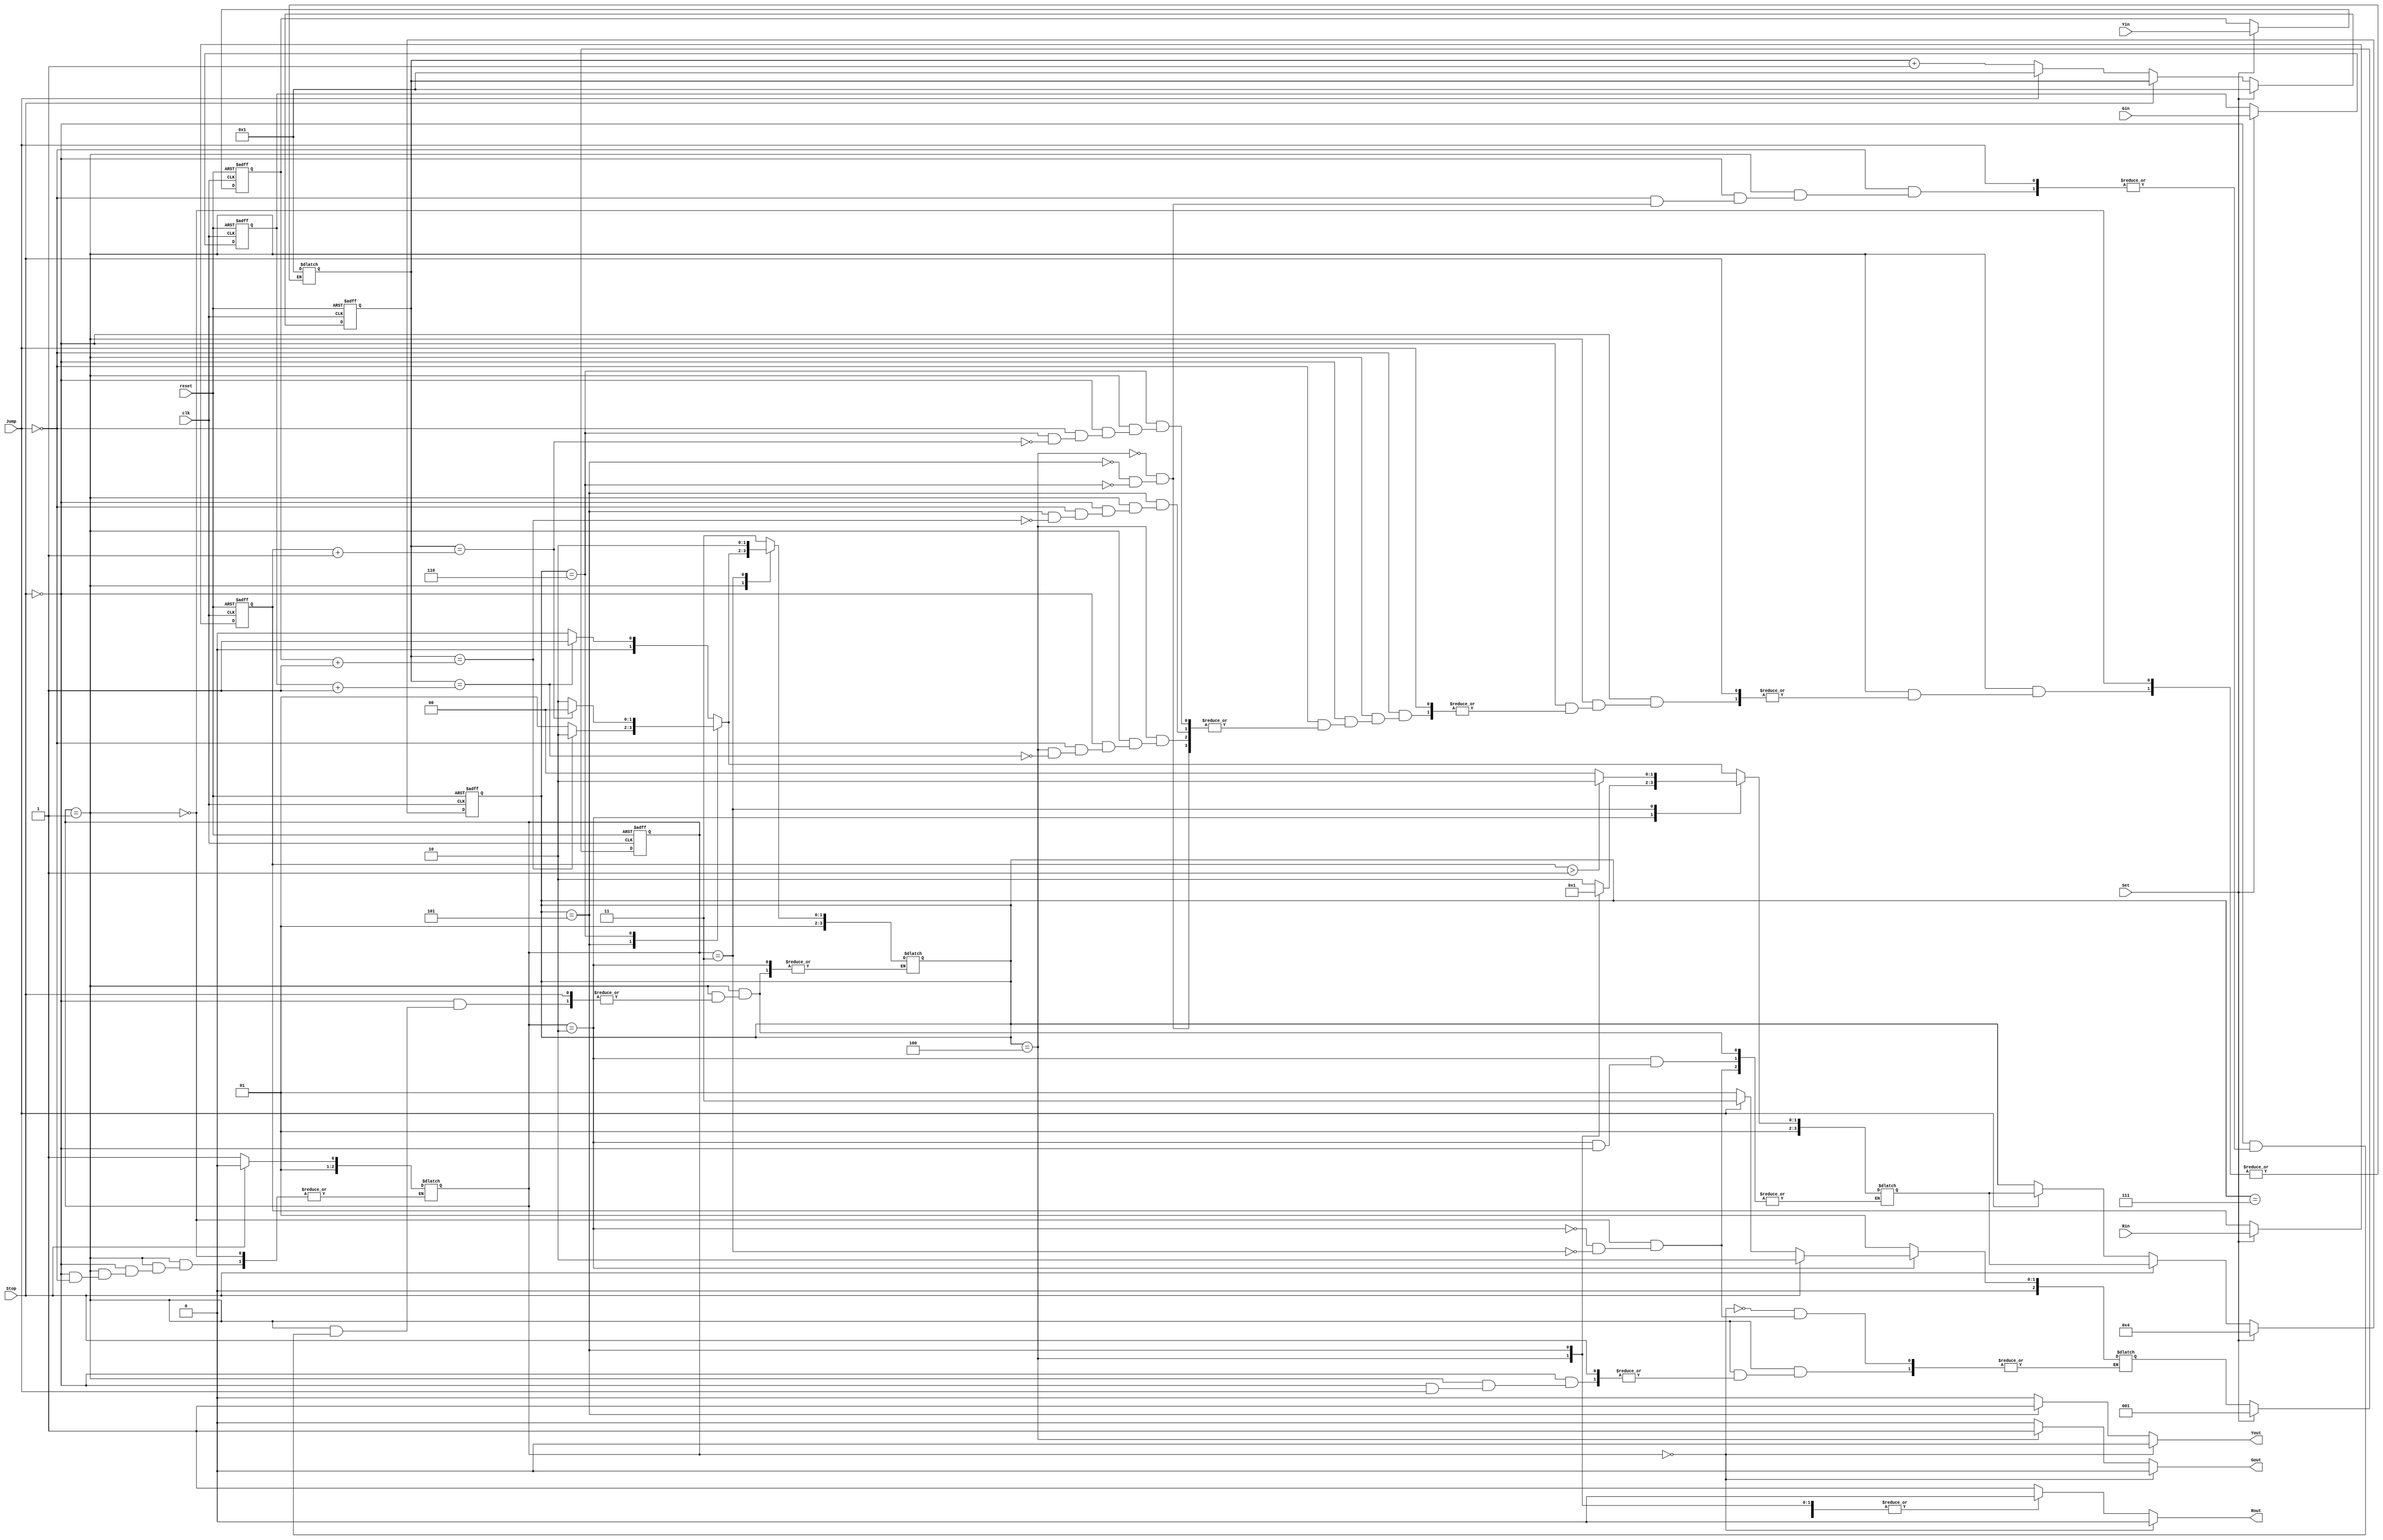
module TLS(clk, reset, Set, Stop, Jump, Gin, Yin, Rin, Gout, Yout, Rout);
input           clk;
input           reset;
input           Set;
input           Stop;
input           Jump;
input     [3:0] Gin;
input     [3:0] Yin;
input     [3:0] Rin;
output          Gout;
output          Yout;
output          Rout;

reg          Gout;
reg          Yout;
reg          Rout;
reg    [3:0] Gsignal;
reg    [3:0] Ysignal;
reg    [3:0] Rsignal;
reg   [4:0]  count;
reg   [3:0]  change_signal,nchange_signal;
reg [2:0] state,Nextstate;

parameter mreset=0;
parameter mset=1;
parameter mstop=2;
parameter mjump=3;
parameter green=4;
parameter yellow=5;
parameter red=6;
parameter idle=7;


always@(posedge clk or posedge reset)
begin
      if(reset)
              begin
                    Gsignal<=0;
                    Ysignal<=0;
                    Rsignal<=0;
                    state<=mreset;
                    count<=0;
                    change_signal<=idle;
              end
      else
              begin
                    state<=Nextstate;
                    if(Set)
                        begin
                              state <= mset;
                              Gsignal<=Gin;
                              Ysignal<=Yin;
                              Rsignal<=Rin;
                              change_signal<= green;
                              count<=1;
                        end
                    else if (Stop)
                        begin
                              count<=count;
                              change_signal<= nchange_signal;
                        end
                    else if (Jump)
                        begin
                              count<=1;
                              change_signal<= nchange_signal;
                        end
                    else
                        begin
                              count=count+1;
                        end
              end
end
always@(*)
begin
      case(state)
      mreset:
            begin
                    Gout=0;
                    Yout=0;
                    Rout=0;
            end
     default:
            case(change_signal)
                idle:
                      begin
                          Gout=0;
                          Yout=0;
                          Rout=0;
                      end
                green:
                      begin
                          Gout=1;
                          Yout=0;
                          Rout=0;
                      end
                yellow:
                      begin
                          Gout=0;
                          Yout=1;
                          Rout=0;
                      end
                default:
                     begin
                          Gout=0;
                          Yout=0;
                          Rout=1;
                      end
            endcase
      endcase
end
always@(*)
begin
      case(state)
      mreset:
            begin
                  Nextstate = mset;
                  change_signal = idle;
            end
      mset: begin
                  if(Stop)
                  begin
                         state = mstop;
                  end
                else if(Jump)
                    begin
                          state = mjump;  
                    end
                else
                  begin
                  Nextstate = mset;
                  case(change_signal)
                                     green: 
                                        begin
                                            if(count==Gsignal+1)
                                                begin
                                                      change_signal=yellow;
                                                      nchange_signal=yellow;
                                                      count=1;
                                                end
                                            else
                                                 begin
                                                      change_signal=green;
                                                      nchange_signal=green;
                                                  end
                                        end
                                      yellow:
                                        begin
                                            if(count==Ysignal+1)
                                                begin
                                                      change_signal=red;
                                                      nchange_signal=red;
                                                      count=1;          
                                                end
                                            else
                                                 begin
                                                      change_signal=yellow;
                                                      nchange_signal=yellow;
                                                  end
                                        end
                                      red:
                                        begin
                                            if(count==Rsignal+1)
                                                begin
                                                      change_signal=green;
                                                      nchange_signal=green;
                                                      count=1;
                                                      
                                                end
                                            else
                                                 begin
                                                      change_signal=red;
                                                      nchange_signal=red;
                                                  end
                                        end
                                      default: begin end
                  endcase
                end
            end
      mstop: 
      begin
             if (Stop)
                          begin
                                Nextstate = mstop;
                                case(change_signal)
                                      green:  nchange_signal=green;
                                      yellow: nchange_signal=yellow;
                                      default:
                                      begin 
                                              nchange_signal=red;
                                      end
                                endcase
                          end
            else if (Jump)
                          begin
                                Nextstate = mjump;
                          end
            else 
                          begin
                                Nextstate = mset;
                          end
     end
      mjump: 
              begin
                  Nextstate = mset;
                  change_signal = red;
                  if(Rsignal>1)
                    begin
                          nchange_signal = red;
                    end
                else
                  begin
                          nchange_signal = green;
                    end
              end
      default:begin
              change_signal=idle; 
      end
      endcase
end
endmodule